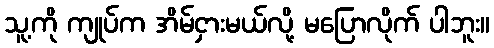
သူ့ကို ကျုပ်က အိမ်ငှားမယ်လို့ မပြောလိုက် ပါဘူး။